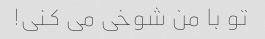
تو با من شوخی می کنی!